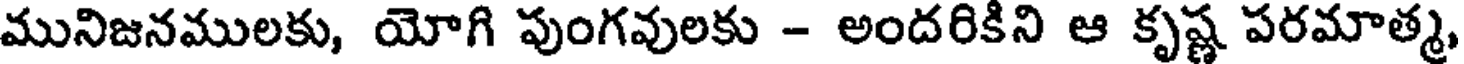
మునిజనములకు, యోగి పుంగవులకు - అందరికిని ఆ కృష్ణ పరమాత్మ